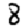
Digit: 8